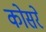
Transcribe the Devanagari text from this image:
कोसरे